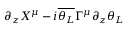
\partial _ { z } X ^ { \mu } - i { \overline { { \theta _ { L } } } } \Gamma ^ { \mu } \partial _ { z } \theta _ { L }